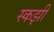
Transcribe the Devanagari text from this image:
स्कझी